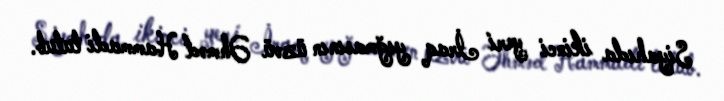
Siyahıda ikinci yeri İraq yığmasının üzvü Əhməd Hammadi tutub.